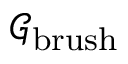
\mathcal { G } _ { \mathrm { b r u s h } }